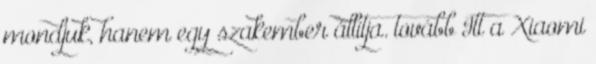
mondjuk, hanem egy szakember állítja. tovább Itt a Xiaomi